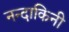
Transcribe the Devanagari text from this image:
नन्दाकिनी